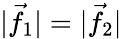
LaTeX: |{\vec{f}}_{1}|=|{\vec{f}}_{2}|